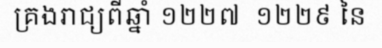
គ្រងរាជ្យពីឆ្នាំ ១២២៧  ១២២៩ នៃ